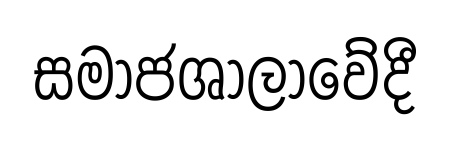
සමාජශාලාවේදී